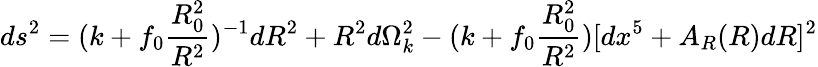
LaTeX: ds^{2}=(k+f_{0}\frac{R_{0}^{2}}{R^{2}})^{-1}dR^{2}+R^{2}d\Omega_{k}^{2}-(k+f_{0}\frac{R_{0}^{2}}{R^{2}})[dx^{5}+A_{R}(R)dR]^{2}